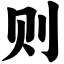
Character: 则